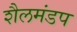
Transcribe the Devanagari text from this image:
शैलमंडप